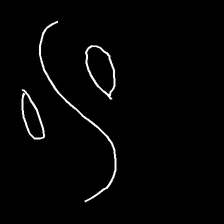
Glyph: water